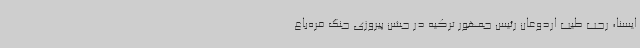
ایسنا، رجب طیب اردوغان رئیس جمهور ترکیه در جشن پیروزی جنگ قره‌باغ